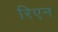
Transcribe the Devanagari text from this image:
रिएन